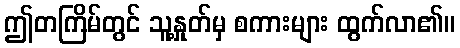
ဤတကြိမ်တွင် သူ့နှုတ်မှ စကားများ ထွက်လာ၏။